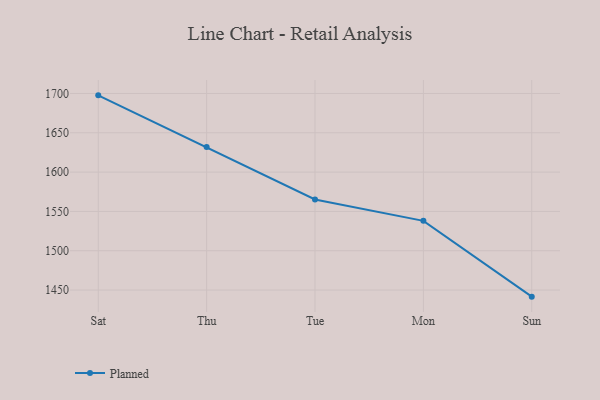
{"axis": {"x": "Day", "y": "Page Views"}, "legend": ["Planned"], "data": [{"x": "Sat", "y": 1697.6, "type": "Planned"}, {"x": "Thu", "y": 1631.9, "type": "Planned"}, {"x": "Tue", "y": 1565.2, "type": "Planned"}, {"x": "Mon", "y": 1538.0, "type": "Planned"}, {"x": "Sun", "y": 1441.6, "type": "Planned"}]}